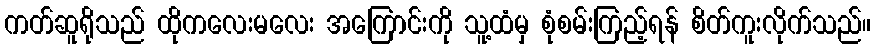
ကတ်ဆူရိုသည် ထိုကလေးမလေး အကြောင်းကို သူ့ထံမှ စုံစမ်းကြည့်ရန် စိတ်ကူးလိုက်သည်။